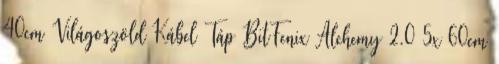
40cm Világoszöld Kábel Táp BitFenix Alchemy 2.0 5x 60cm